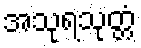
အသုရသုတ္တံ